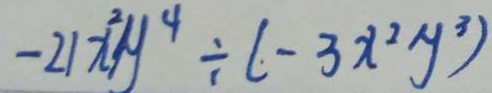
- 2 1 x ^ { 2 } y ^ { 4 } \div ( - 3 x ^ { 2 } y ^ { 3 } )